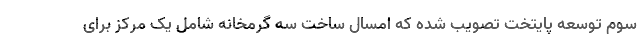
سوم توسعه پایتخت تصویب شده که امسال ساخت سه گرمخانه شامل یک مرکز برای